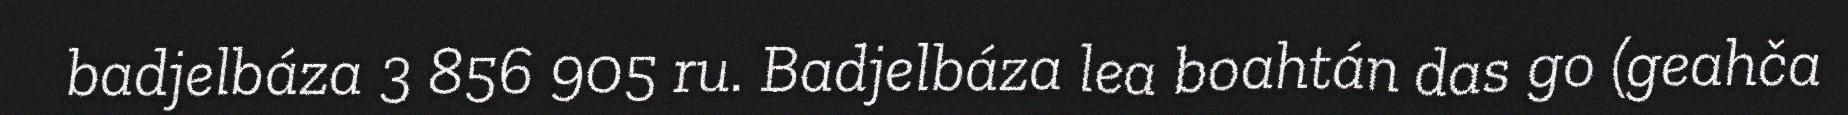
badjelbáza 3 856 905 ru. Badjelbáza lea boahtán das go (geahča